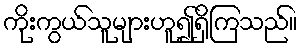
ကိုးကွယ်သူများဟူ၍ရှိကြသည်။